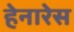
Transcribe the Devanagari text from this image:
हेनारेस